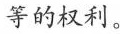
等的权利。